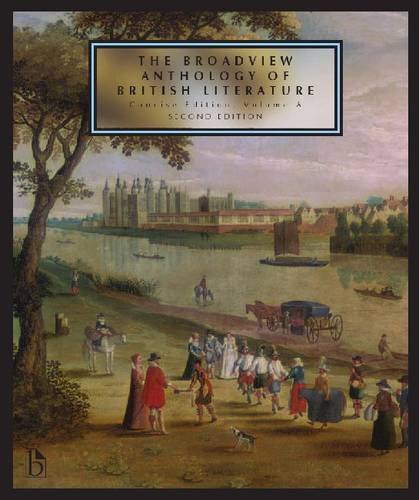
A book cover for The Broadview Anthology of British Literature: Concise Volume A - Second Edition: Concise Edition, Volume A; Literature & Fiction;